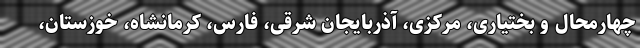
چهارمحال و بختیاری، مرکزی، آذربایجان شرقی، فارس، کرمانشاه، خوزستان،